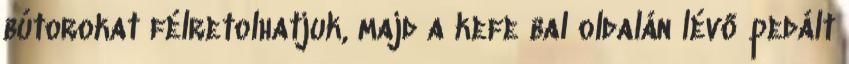
bútorokat félretolhatjuk, majd a kefe bal oldalán lévő pedált